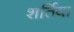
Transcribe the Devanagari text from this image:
शर्तिया